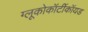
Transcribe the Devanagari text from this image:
ग्लूकोकॉर्टीकॉयड